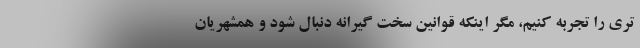
تری را تجربه کنیم، مگر اینکه قوانین سخت گیرانه دنبال شود و همشهریان